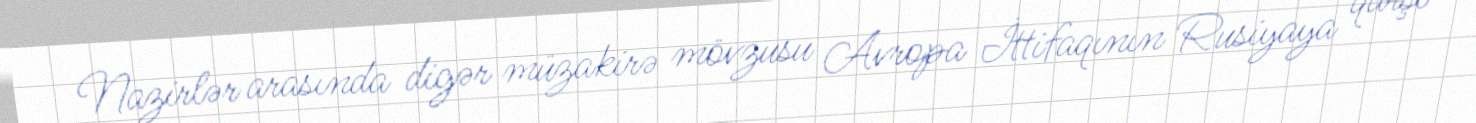
Nazirlər arasında digər müzakirə mövzusu Avropa İttifaqının Rusiyaya qarşı